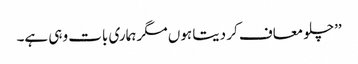
’’چلو معاف کر دیتا ہوں مگر ہماری بات وہی ہے۔